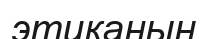
этиканың